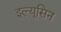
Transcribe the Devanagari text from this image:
इल्यूसिन